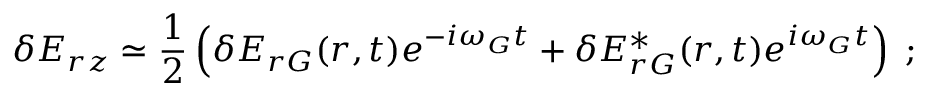
\delta E _ { r z } \simeq \frac { 1 } { 2 } \left( \delta E _ { r G } ( r , t ) e ^ { - i \omega _ { G } t } + \delta E _ { r G } ^ { * } ( r , t ) e ^ { i \omega _ { G } t } \right) \; ;